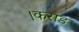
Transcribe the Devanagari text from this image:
।कराड